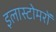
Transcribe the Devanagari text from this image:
इलास्टोमरों